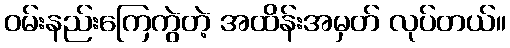
ဝမ်းနည်းကြေကွဲတဲ့ အထိန်းအမှတ် လုပ်တယ်။